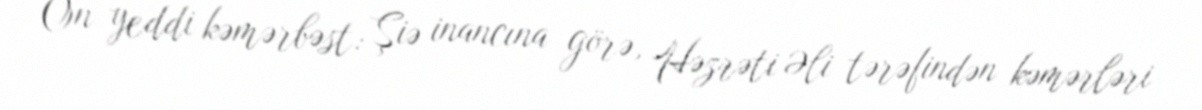
On yeddi kəmərbəst: Şiə inancına görə, Həzrəti Əli tərəfindən kəmərləri